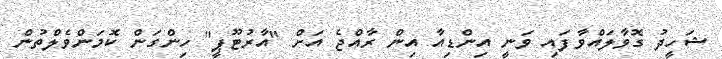
ޝަހީދު ގޮވާލައްވާފައި ވަނީ އިންޑިއާ އިން ރާއްޖެ އަށް "އާރުޓޫޕީ" ހިންގަން ކޮމަންވެލްތުން